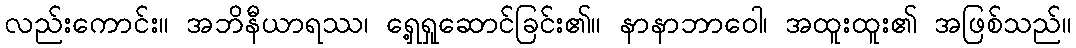
လည်းကောင်း။ အဘိနီယာရဿ၊ ရှေ့ရှုဆောင်ခြင်း၏။ နာနာဘာဝေါ၊ အထူးထူး၏ အဖြစ်သည်။